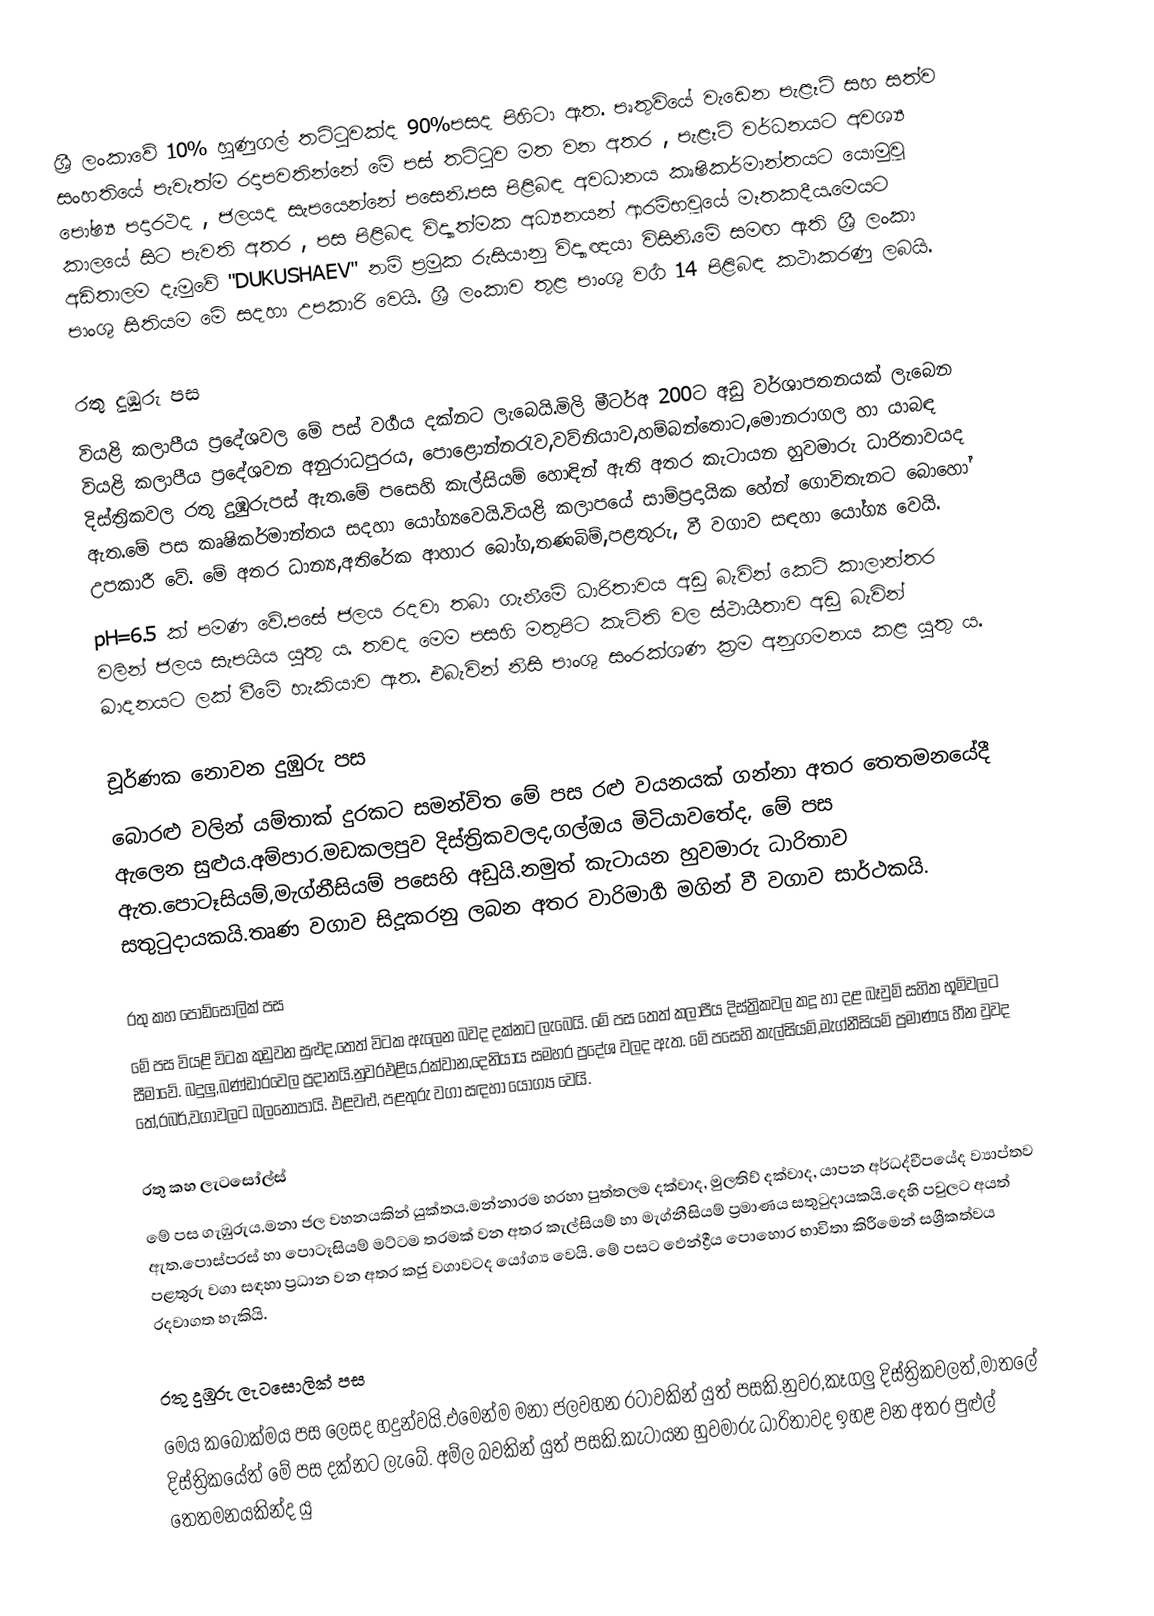
ශ්‍රී ලංකාවේ 10% හුණුගල් තට්ටුවක්ද 90%පසද පිහිටා ඇත. පෘතුවි‍යේ වැඩෙන පැළෑටි සහ සත්ව සංහතියේ පැවැත්ම රදාපවතින්නේ මේ පස් තට්ටුව මත වන අතර , පැළෑටි වර්ධනයට අවශ්‍ය පෝෂ්‍ය පදාරථද , ජලයද සැපයෙන්නේ පසෙනි.පස පිළිබඳ අවධානය කෘෂිකර්මාන්තයට යොමුවූ කාලයේ සිට පැවති අතර , පස පිළිබඳ විද්‍යාත්මක අධ්‍යනයන් ආරම්භවූයේ මෑතකදීය.මෙයට අඩිතාලම දැමුවේ "DUKUSHAEV" නම් ප්‍රමුක රුසියානු  විද්‍යාඥයා විසිනි.මේ සමඟ ඇති ශ්‍රී ලංකා  පාංශු  සිතියම මේ සදහා උපකාරි වෙයි. ශ්‍රී ලංකාව තුළ පාංශු වගර්‍ 14 පිළිබඳ කථාකරණු ලබයි.

රතු දුඹුරු පස
වියළි කලාපීය ප්‍රදේශවල මේ පස් වර්‍ගය දක්නට ලැබෙයි.මිලි මීටර්අ 200ට අඩු වර්ශාපතනයක් ලැබෙන වියළි කලාපීය ප්‍රදේශවන අනුරාධපුරය, පොළොන්නරැව,වව්නියාව,හම්බන්තොට,මොනරාගල හා යාබඳ දිස්ත්‍රිකවල රතු දුඹුරුපස් ඇත.මේ  පසෙහි කැල්සියම් හොඳින් ඇති අතර කැටායන හුවමාරු ධාරිතාවයද ඇත.මේ පස කෘෂිකර්මාන්තය සදහා යෝග්‍යවෙයි.වියළි කලාපයේ සාම්ප්‍රදායික හේන් ගොවිතැනට බොහෝ උපකාරී වේ.  මේ  අතර ධාන්‍ය,අතිරේක ආහාර බෝග,තණබිම්,පළතුරු, වී වගාව සඳහා යෝග්‍ය වෙයි.
pH=6.5 ක් පමණ වේ.පසේ ජලය රදවා තබා ගැනීමේ ධාරිතාවය අඩු බැවින් කෙටි කාලාන්තර වලින් ජලය සැපයිය යුතු ය. තවද මෙම පසහි මතුපිට කැටිති වල ස්ථායීතාව අඩු බැවින් ඛාදනයට ලක් වීමේ හැකියාව ඇත. එබැවින් නිසි පාංශු සං‍රක්ශණ ක්‍රම අනුගමනය කළ යුතු ය.

චූර්ණක නොවන දුඹුරු පස
බොරළු වලින් යම්තාක් දුරකට සමන්විත  මේ පස රළු වයනයක් ගන්නා අතර තෙතමනයේදී ඇලෙන සුළුය.අම්පාර.මඩකලපුව  දිස්ත්‍රිකවලද,ගල්ඔය මිටියාවතේද, මේ පස  ඇත.පොටෑසියම්,මැග්නීසියම් පසෙහි අඩුයි.නමුත් කැටායන හුවමාරු ධාරිතාව සතුටුදායකයි.තෘණ වගාව සිදූකරනු ලබන අතර වාරිමාර්‍ග මගින් වී වගාව සාර්ථකයි.

රතු කහ පොඩ්සොලික් පස
මේ පස වියළි විටක කුඩුවන සුළුද,තෙත් විටක ඇ‍‍ලෙන බවද දක්නට ලැබෙයි. මේ පස තෙත් කලාපීය  දිස්ත්‍රිකවල කදූ හා දළ බෑවුම් සහිත භූමිවලට සීමාවේ. බදුලු,බණ්ඩාරවෙල ප්‍රදානයි.නුවරඑළිය,රක්වාන,දෙනියාය සමහර ප්‍රදේශ වලද ඇත. මේ පසෙහි කැල්සියම්,මැග්නීසියම් ප්‍රමාණය හීන වුවද තේ,රබර්,වගාවලට බලනොපායි. එළවළු, පළතුරු වගා සඳහා යෝග්‍ය වෙයි.

රතු කහ ලැටසෝල්ස්
මේ පස ගැඹුරුය.මනා ජල වහනයකින් යුක්තය.මන්නාරම හරහා පුත්තලම දක්වාද, මුලතිව් දක්වාද, යාපන අර්ධද්වීපයේද ව්‍යාප්තව ඇත.පොස්පරස් හා පොටෑසියම් මට්ටම තරමක් වන අතර කැල්සියම් හා මැග්නීසියම් ප්‍රමාණය සතුටුදායකයි.දෙහි පවුලට අයත් පළතුරු වගා සඳහා ප්‍රධාන වන අතර කජු වගාවටද යෝග්‍ය වෙයි. මේ පසට ‍‍ඵෙන්ද්‍රීය පොහොර භාවිතා කිරීමෙන් සශ්‍රීකත්වය රදවාගත හැකියි.

රතු දුඹුරු ලැටසොලික් පස
මෙය කබොක්මය  පස ලෙසද හදුන්වයි.එමෙන්ම මනා ජලවහන රටාවකින් යුත් පසකි.නුවර,කෑගලු දිස්ත්‍රිකවලත්,මාතලේ  දිස්ත්‍රිකයේත් මේ පස දක්නට ලැබේ. අම්ල බවකින් යුත් පසකි.කැටායන හුවමාරු ධාරිතාවද ඉහළ වන අතර පුළුල්  තෙතමනයකින්ද යු